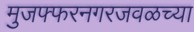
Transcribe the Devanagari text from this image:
मुजफ्फरनगरजवळच्या